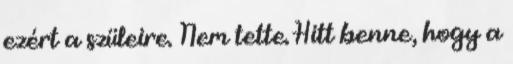
ezért a szüleire. Nem tette. Hitt benne, hogy a